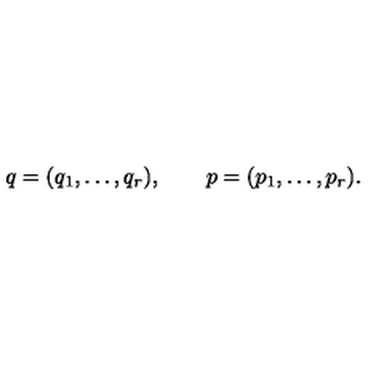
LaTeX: q = ( q _ { 1 } , \ldots , q _ { r } ) , \qquad p = ( p _ { 1 } , \ldots , p _ { r } ) .